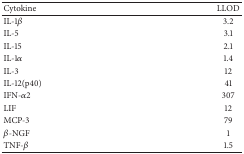
<table><thead><tr><td><b>Cytokine</b></td><td><b>LLOD</b></td></tr></thead><tbody><tr><td>IL-1<i>β</i></td><td>3.2</td></tr><tr><td>IL-5</td><td>3.1</td></tr><tr><td>IL-15</td><td>2.1</td></tr><tr><td>IL-1<i>α</i></td><td>1.4</td></tr><tr><td>IL-3</td><td>12</td></tr><tr><td>IL-12(p40)</td><td>41</td></tr><tr><td>IFN-<i>α</i>2</td><td>307</td></tr><tr><td>LIF</td><td>12</td></tr><tr><td>MCP-3</td><td>79</td></tr><tr><td><i>β</i>-NGF</td><td>1</td></tr><tr><td>TNF-<i>β</i></td><td>1.5</td></tr></tbody></table>